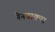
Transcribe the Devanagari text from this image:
नैनवाकस